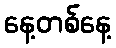
နေ့တစ်နေ့